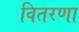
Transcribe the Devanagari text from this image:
वितरणा